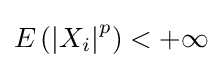
\textstyle E\left(\left\vert X_{i}\right\vert ^{p}\right)<+\infty